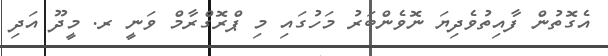
އެގޮތުން ފާއިތުވެދިޔަ ނޮވެންބަރު މަހުގައި މި ޕްރޮގްރާމް ވަނީ ރ. މީދޫ އަދި